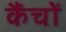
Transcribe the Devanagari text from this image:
कैंचों